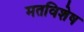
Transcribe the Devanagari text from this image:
मतविशेष